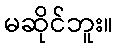
မဆိုင်ဘူး။